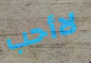
لاأحب